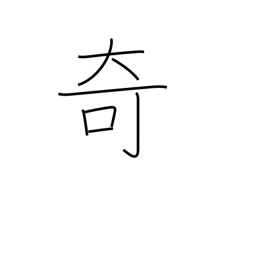
Meaning: curiosity